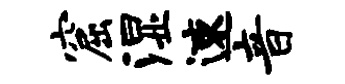
窟湿速音